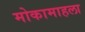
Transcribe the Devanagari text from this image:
मोकामाहला